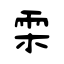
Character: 雬